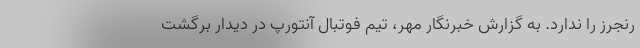
رنجرز را ندارد. به گزارش خبرنگار مهر، تیم فوتبال آنتورپ در دیدار برگشت